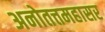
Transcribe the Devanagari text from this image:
अनोतत्तमहासर